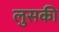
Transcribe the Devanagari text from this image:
लुसकी